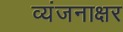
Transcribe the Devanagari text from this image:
व्यंजनाक्षर